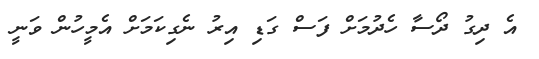
އެ ދިގު ދޯސާ ހެދުމަށް ފަސް ގަޑި އިރު ނެގިކަމަށް އެމީހުން ވަނީ